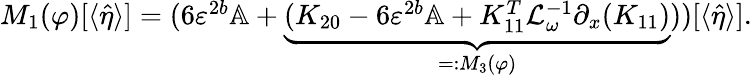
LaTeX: \begin{array}{r}{M_{1}(\varphi)[\langle\hat{\eta}\rangle]=(6\varepsilon^{2b}\mathbb{A}+\underbrace{(K_{20}-6\varepsilon^{2b}\mathbb{A}+K_{11}^{T}\mathcal{L}_{\omega}^{-1}\partial_{x}(K_{11})}_{=:M_{3}(\varphi)}))[\langle\hat{\eta}\rangle].}\end{array}